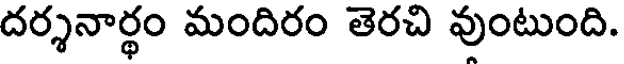
దర్శనార్థం మందిరం తెరచి వుంటుంది.